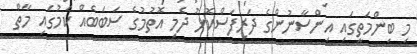
މި ބިންމަތީގައި އިންސާނުންގެ ދަރިފަސްކޮޅު ދެމި އޮތުމުގެ ސަބަބެއް ކަމުގައި މާތް